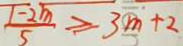
\frac { 1 - 2 m } { 5 } \geq 3 m + 2